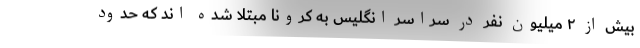
بیش از ۲ میلیون نفر در سراسر انگلیس به کرونا مبتلا شده اند که حدود